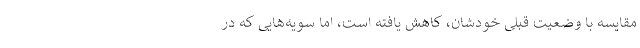
مقایسه با وضعیت قبلی خودشان، کاهش یافته است، اما سویه‌هایی که در